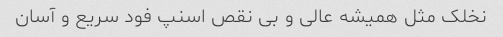
نخلک مثل همیشه عالی و بی نقص اسنپ فود سریع و آسان